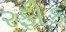
રફીક